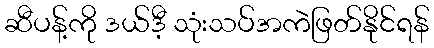
ဆီပန့်ကို ဒယ်ဒီ့ သုံးသပ်အကဲဖြတ်နိုင်ရန်